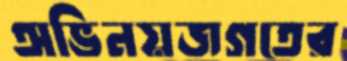
অভিনয়জগতের